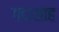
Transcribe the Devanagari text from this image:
गदाशाह